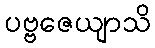
ပဗ္ဗဇေယျာသိ